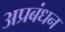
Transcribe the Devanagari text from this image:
अप्रबंधन